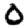
Digit: 0